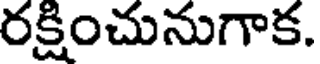
రక్షించునుగాక.